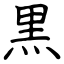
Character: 黒